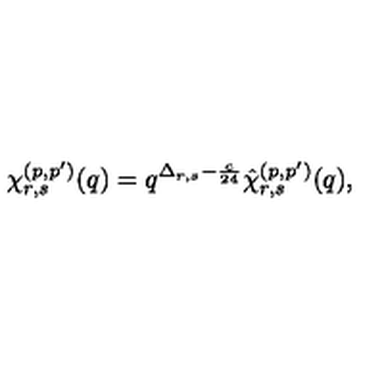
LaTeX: \chi _ { r , s } ^ { ( p , p ^ { \prime } ) } ( q ) = q ^ { \Delta _ { r , s } - \frac { c } { 2 4 } } \hat { \chi } _ { r , s } ^ { ( p , p ^ { \prime } ) } ( q ) ,